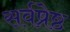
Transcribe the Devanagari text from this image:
सर्वष्रेष्ठ